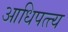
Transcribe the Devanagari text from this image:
आधिपत्त्य